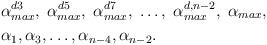
LaTeX: \begin{align*} \footnotesize & \alpha^{d3}_{max}, \; \alpha^{d5}_{max}, \; \alpha^{d7}_{max}, \; \dots, \; \alpha^{d,n-2}_{max}, \; \alpha_{max},\\ & \alpha_1, \alpha_3, \dots, \alpha_{n-4}, \alpha_{n-2}.\end{align*}